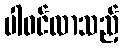
ပါဝင်လာသည့်